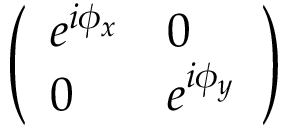
\left( \begin{array} { l l } { e ^ { i \phi _ { x } } } & { 0 } \\ { 0 } & { e ^ { i \phi _ { y } } } \end{array} \right)